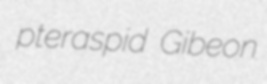
pteraspid Gibeon